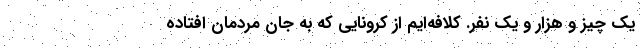
یک چیز و هزار و یک نفر. کلافه‌ایم از کرونایی که به جان مردمان افتاده